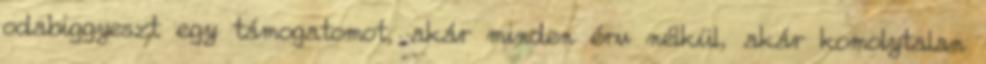
odabiggyeszt egy támogatomot, akár minden érv nélkül, akár komolytalan